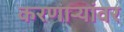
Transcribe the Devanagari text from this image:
करणाऱ्यांवर